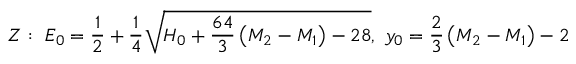
Z : ~ E _ { 0 } = { \frac { 1 } { 2 } } + { \frac { 1 } { 4 } } \sqrt { H _ { 0 } + { \frac { 6 4 } { 3 } } \left( M _ { 2 } - M _ { 1 } \right) - 2 8 } , ~ y _ { 0 } = { \frac { 2 } { 3 } } \left( M _ { 2 } - M _ { 1 } \right) - 2